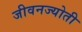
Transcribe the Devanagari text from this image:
जीवनज्योती